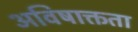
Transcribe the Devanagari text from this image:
अविषाक्तता